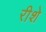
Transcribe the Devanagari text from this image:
रीशे